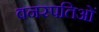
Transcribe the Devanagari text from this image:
वनस्पतिओं